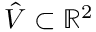
\hat { V } \subset \mathbb { R } ^ { 2 }